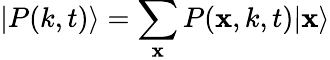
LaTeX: |P(k,t)\rangle=\sum_{\mathbf{x}}P(\mathbf{x},k,t)|\mathbf{x}\rangle